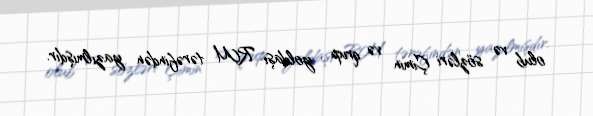
olub və sözləri Çimin və qrup yoldaşı RM tərəfindən yazılmışdır.